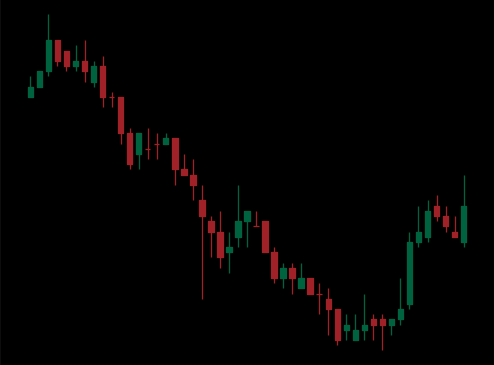
Pattern: bull_flag